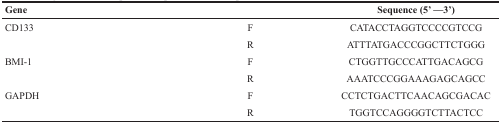
<table><thead><tr><td><b>Gene</b></td><td></td><td><b>Sequence (5′—3′)</b></td></tr></thead><tbody><tr><td>CD133</td><td>F</td><td>CATACCTAGGTCCCCGTCCG</td></tr><tr><td></td><td>R</td><td>ATTTATGACCCGGCTTCTGGG</td></tr><tr><td>BMI-1</td><td>F</td><td>CTGGTTGCCCATTGACAGCG</td></tr><tr><td></td><td>R</td><td>AAATCCCGGAAAGAGCAGCC</td></tr><tr><td>GAPDH</td><td>F</td><td>CCTCTGACTTCAACAGCGACAC</td></tr><tr><td></td><td>R</td><td>TGGTCCAGGGGTCTTACTCC</td></tr></tbody></table>